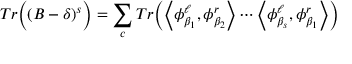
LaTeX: T r \Big ( ( B - \delta ) ^ { s } \Big ) = \sum _ { c } T r \Big ( \Big < \phi _ { \beta _ { 1 } } ^ { \ell } , \phi _ { \beta _ { 2 } } ^ { r } \Big > \cdots \Big < \phi _ { \beta _ { s } } ^ { \ell } , \phi _ { \beta _ { 1 } } ^ { r } \Big > \Big )